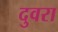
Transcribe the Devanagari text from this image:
दुवरा